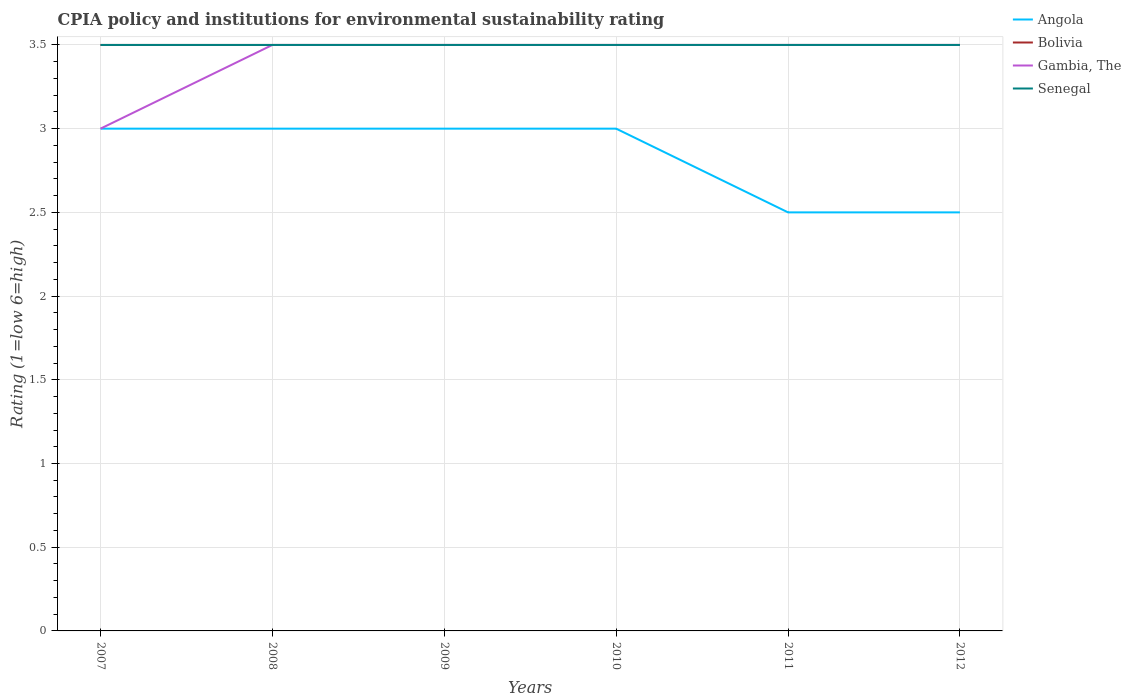
| Years | Angola | Bolivia | Gambia, The | Senegal |
 | --- | --- | --- | --- | --- |
 | 2007 | 3 | 3.5 | 3 | 3.5 |
 | 2008 | 3 | 3.5 | 3.5 | 3.5 |
 | 2009 | 3 | 3.5 | 3.5 | 3.5 |
 | 2010 | 3 | 3.5 | 3.5 | 3.5 |
 | 2011 | 2.5 | 3.5 | 3.5 | 3.5 |
 | 2012 | 2.5 | 3.5 | 3.5 | 3.5 |